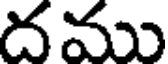
దము